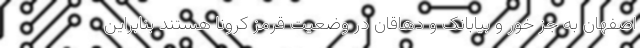
اصفهان به جز خور و بیابانک و دهاقان در وضعیت قرمز کرونا هستند بنابراین